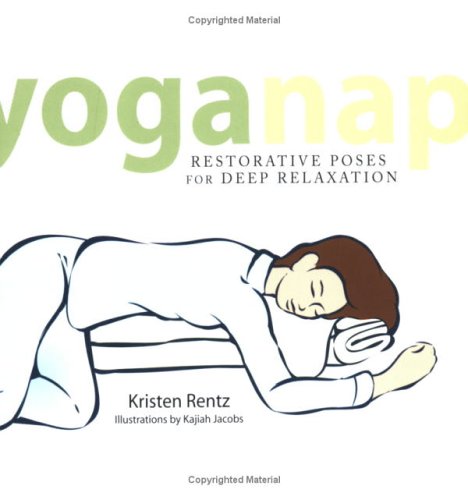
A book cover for YogaNap: Restorative Poses for Deep Relaxation; Kristen Rentz; Health, Fitness & Dieting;